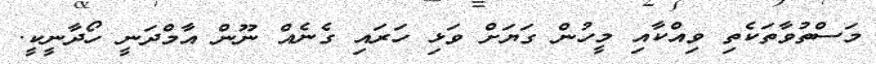
މަސްތުވާތަކެތި ވިއްކާއި މީހުން ގަޔަށް ވަޅި ހަރައި ގެނެއް ނޫން އާމްދަނީ ހޯދާނީކީ.